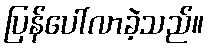
ပြန်ပေါ်လာခဲ့သည်။